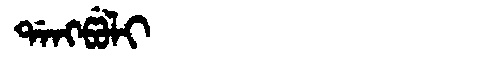
Manchu: ᡩᠠᠩᡦᡠᠯᡳ
Romanization: DANGPULI